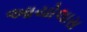
આયોલાસ